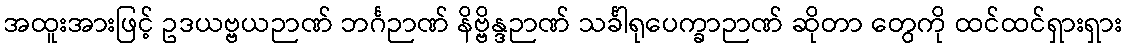
အထူးအားဖြင့် ဥဒယဗ္ဗယဉာဏ် ဘင်္ဂဉာဏ် နိဗ္ဗိန္ဒဉာဏ် သင်္ခါရုပေက္ခာဉာဏ် ဆိုတာ တွေကို ထင်ထင်ရှားရှား